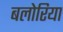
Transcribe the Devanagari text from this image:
बलोरिया